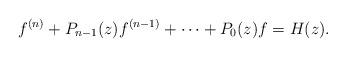
LaTeX: \begin{align*}f^{(n)} + P_{n-1}(z)f^{(n-1)} + \cdots + P_0(z)f =H(z).\end{align*}